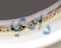
دادي